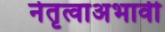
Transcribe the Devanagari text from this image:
नेतृत्वाअभावी